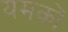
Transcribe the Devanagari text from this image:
यमकों